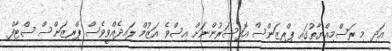
އަދި މި ރަސްމިއްޔާތުގައި ޕްރިޒަންސް އޮފިސަރުންނަށް އިސްވެ އަޒުމް ލައިދެއްވީވެސް ޕްރިޒަންސް ސްޓާފް